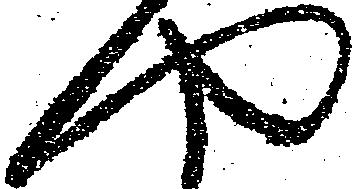
や